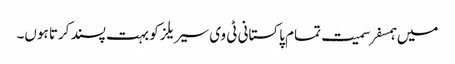
میں ہمسفر سمیت تمام پاکستانی ٹی وی سیریلز کو بہت پسند کرتا ہوں۔